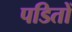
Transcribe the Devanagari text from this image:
पडितों